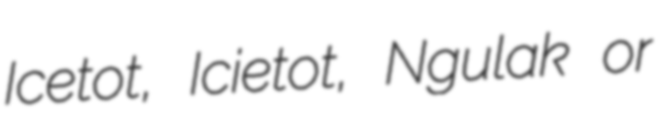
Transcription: Icetot, Icietot, Ngulak or